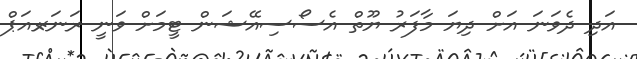
އަދި ދެވަނަ އަށް ދިޔަ މާފަރު ޔޫތް އެސޯސިއޭޝަން ޓީމަށް ވަނީ ރަނަރ-އަޕް